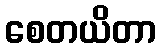
စေတယိတာ